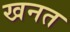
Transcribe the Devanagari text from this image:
खनत